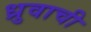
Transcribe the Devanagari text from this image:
ध्रुवाची